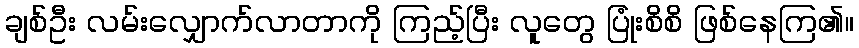
ချစ်ဦး လမ်းလျှောက်လာတာကို ကြည့်ပြီး လူတွေ ပြုံးစိစိ ဖြစ်နေကြ၏။